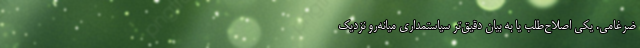
ضرغامی. یکی اصلاح‌طلب یا به بیان دقیق‌تر سیاستمداری میانه‌رو نزدیک